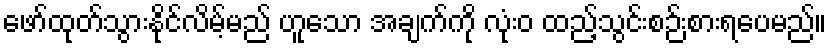
ဖော်ထုတ်သွားနိုင်လိမ့်မည် ဟူသော အချက်ကို လုံးဝ ထည့်သွင်းစဉ်းစားရပေမည်။